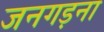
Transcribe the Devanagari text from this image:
जनगड़ना